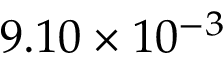
9 . 1 0 \times 1 0 ^ { - 3 }